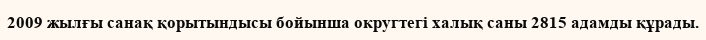
2009 жылғы санақ қорытындысы бойынша округтегі халық саны 2815 адамды құрады.